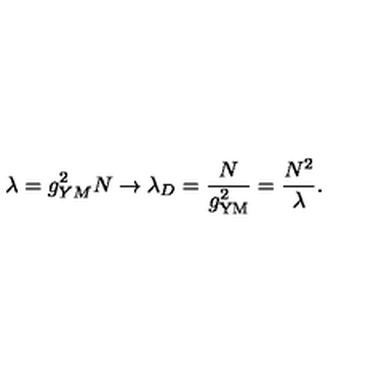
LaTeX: \lambda = g _ { Y M } ^ { 2 } N \rightarrow \lambda _ { D } = \frac { N } { g _ { \mathrm { Y M } } ^ { 2 } } = \frac { N ^ { 2 } } { \lambda } .